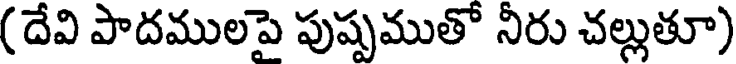
(దేవి పాదములపై పుష్పముతో నీరు చల్లుతూ)